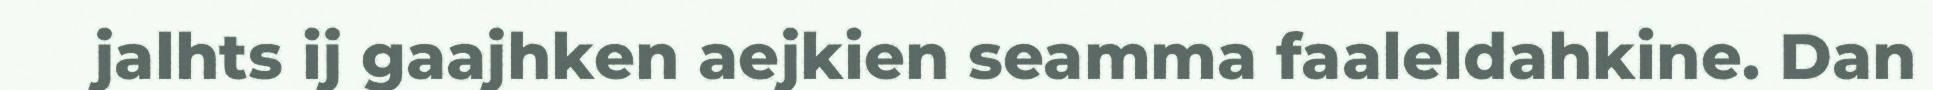
jalhts ij gaajhken aejkien seamma faaleldahkine. Dan